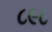
૮૯૮